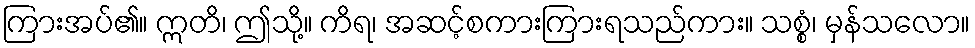
ကြားအပ်၏။ ဣတိ၊ ဤသို့။ ကိရ၊ အဆင့်စကားကြားရသည်ကား။ သစ္စံ၊ မှန်သလော။